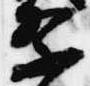
祭